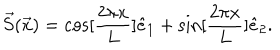
LaTeX: \vec { S } ( \vec { x } ) = \cos [ \frac { 2 \pi x } { L } ] \hat { e } _ { 1 } + \sin [ \frac { 2 \pi x } { L } ] \hat { e } _ { 2 } .